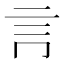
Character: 𧥛